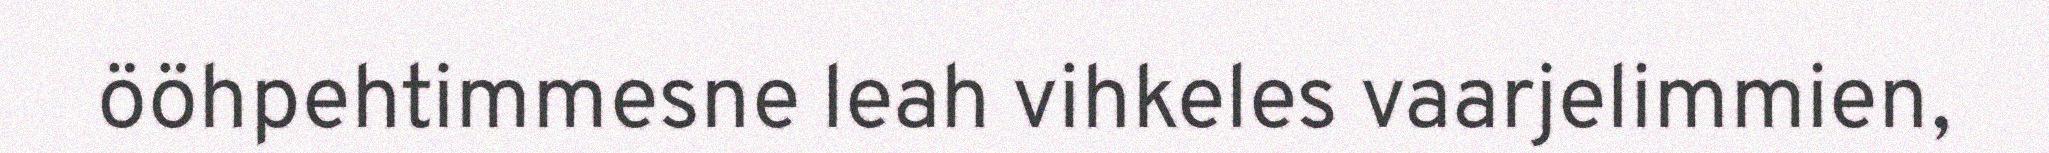
ööhpehtimmesne leah vihkeles vaarjelimmien,